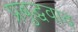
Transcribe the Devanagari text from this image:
प्रबुद्धवाद